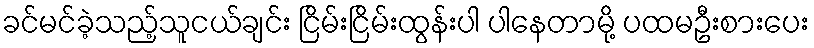
ခင်မင်ခဲ့သည့်သူငယ်ချင်း ငြိမ်းငြိမ်းထွန်းပါ ပါနေတာမို့ ပထမဦးစားပေး